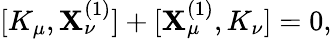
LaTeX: [K_{\mu},\mathbf{X}_{\nu}^{(1)}]+[\mathbf{X}_{\mu}^{(1)},K_{\nu}]=0,